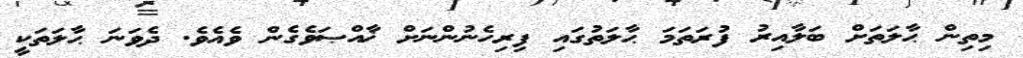
މިތިން ޙާލަތަށް ބަލާއިރު ފުރަތަމަ ޙާލަތުގައި ފިރިހެނުންނަށް ޚާއްޞަވެގެން ވެއެވެ. ދެވަނަ ޙާލަތަކީ